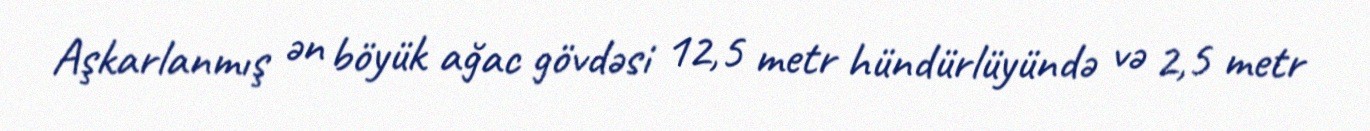
Aşkarlanmış ən böyük ağac gövdəsi 12,5 metr hündürlüyündə və 2,5 metr